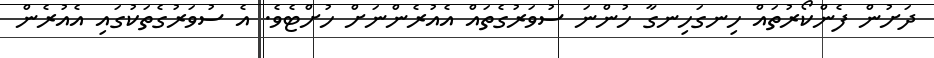
ދަށުން ފެންކޯރުތައް ހިނގަހިނގާ ހުންނަ ސުވަރުގެތައް އެއުރެންނަށް ހުށްޓެވެ. އެ ސުވަރުގެތަކުގައި އެއުރެން